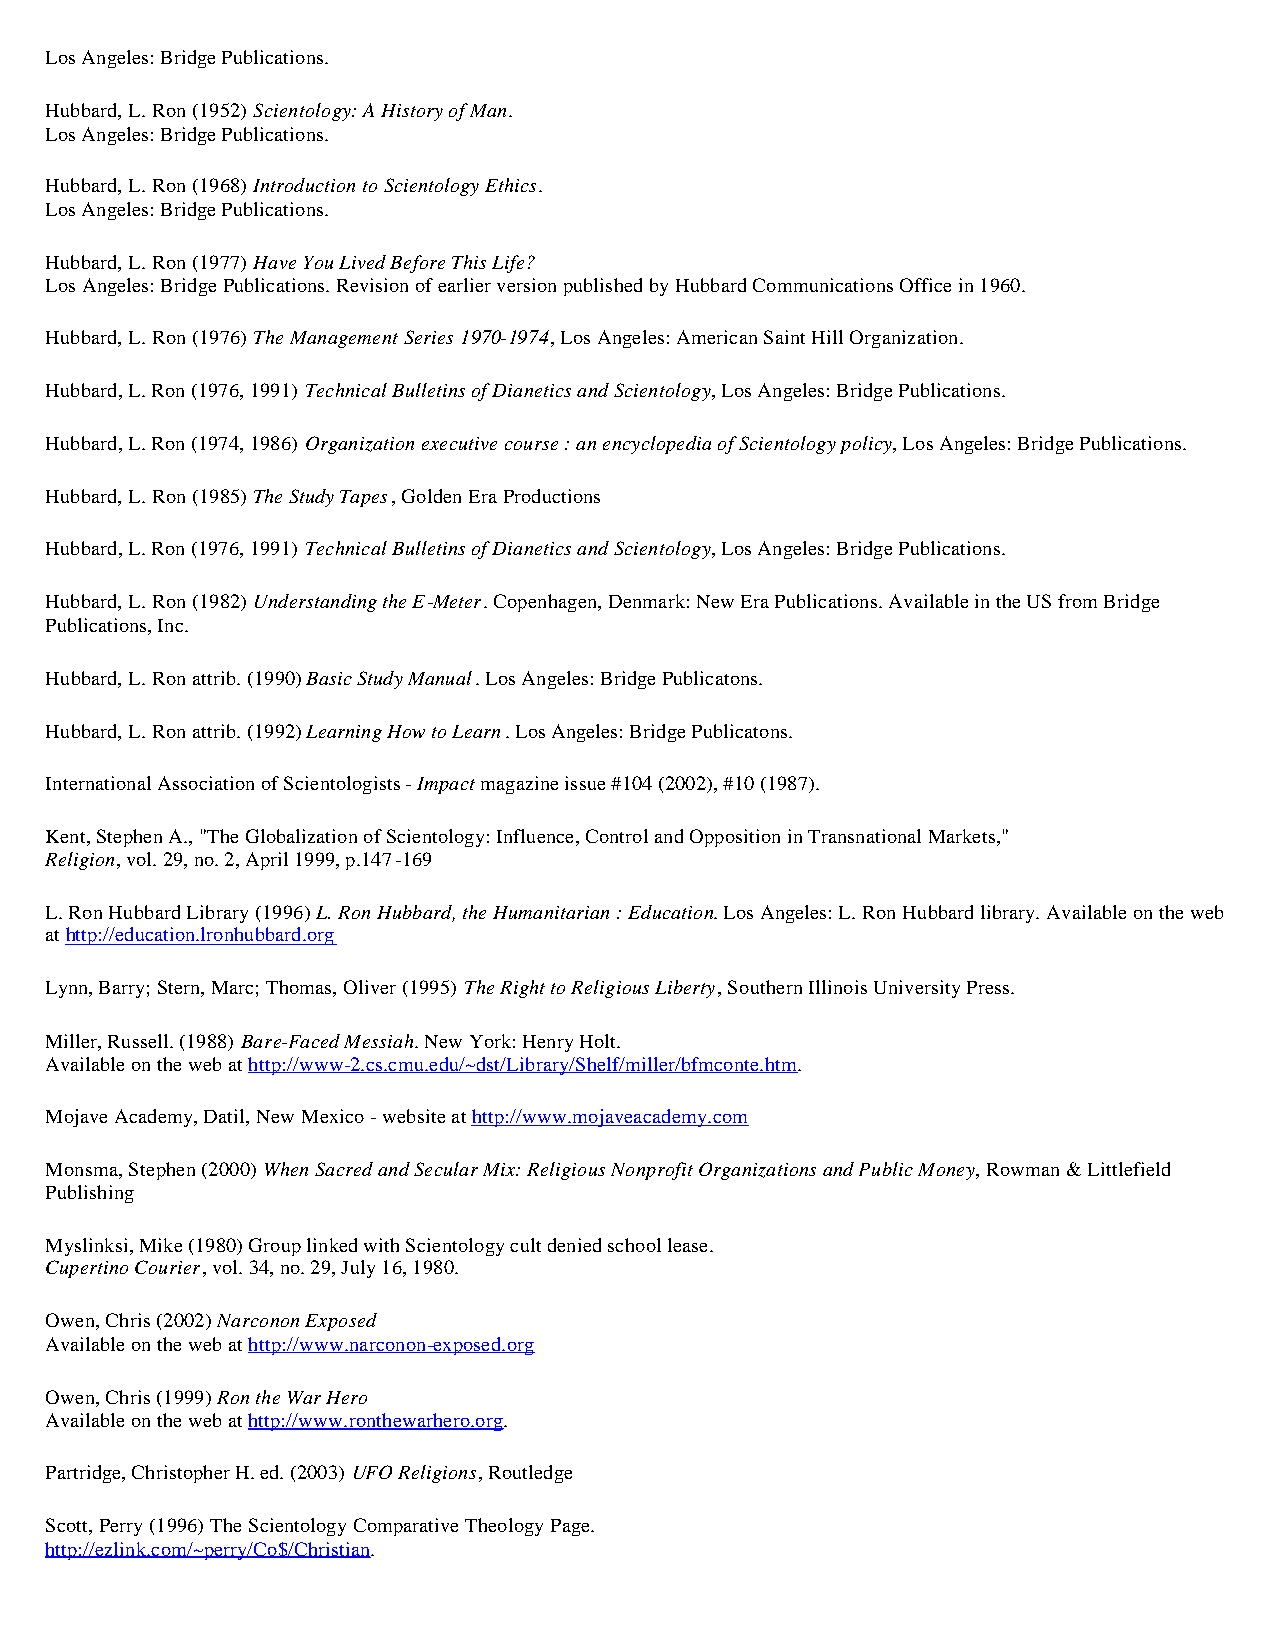
Los Angeles: Bridge Publications.
 Hubbard, L. Ron (1952) Scientology: A History of Man.
 Los Angeles: Bridge Publications.
 Hubbard, L. Ron (1968) Introduction to Scientology Ethics.
 Los Angeles: Bridge Publications.
 Hubbard, L. Ron (1977) Have You Lived Before This Life?
 Los Angeles: Bridge Publications. Revision of earlier version published by Hubbard Communications Office in 1960.
 Hubbard, L. Ron (1976) The Management Series 1970-1974, Los Angeles: American Saint Hill Organization.
 Hubbard, L. Ron (1976, 1991) Technical Bulletins of Dianetics and Scientology, Los Angeles: Bridge Publications.
 Hubbard, L. Ron (1974, 1986) Organization executive course : an encyclopedia of Scientology policy, Los Angeles: Bridge Publications.
 Hubbard, L. Ron (1985) The Study Tapes, Golden Era Productions
 Hubbard, L. Ron (1976, 1991) Technical Bulletins of Dianetics and Scientology, Los Angeles: Bridge Publications.
 Hubbard, L. Ron (1982) Understanding the E-Meter. Copenhagen, Denmark: New Era Publications. Available in the US from Bridge
 Publications, Inc.
 Hubbard, L. Ron attrib. (1990) Basic Study Manual. Los Angeles: Bridge Publicatons.
 Hubbard, L. Ron attrib. (1992) Learning How to Learn. Los Angeles: Bridge Publicatons.
 International Association of Scientologists - Impact magazine issue #104 (2002), #10 (1987).
 Kent, Stephen A., "The Globalization of Scientology: Influence, Control and Opposition in Transnational Markets,"
 Religion, vol. 29, no. 2, April 1999, p.147-169
 L. Ron Hubbard Library (1996) L. Ron Hubbard, the Humanitarian : Education. Los Angeles: L. Ron Hubbard library. Available on the web
 at http://education.lronhubbard.org
 Lynn, Barry; Stern, Marc; Thomas, Oliver (1995) The Right to Religious Liberty, Southern Illinois University Press.
 Miller, Russell. (1988) Bare-Faced Messiah. New York: Henry Holt.
 Available on the web at http://www-2.cs.cmu.edu/~dst/Library/Shelf/miller/bfmconte.htm.
 Mojave Academy, Datil, New Mexico - website at http://www.mojaveacademy.com
 Monsma, Stephen (2000) When Sacred and Secular Mix: Religious Nonprofit Organizations and Public Money, Rowman & Littlefield
 Publishing
 Myslinksi, Mike (1980) Group linked with Scientology cult denied school lease.
 Cupertino Courier, vol. 34, no. 29, July 16, 1980.
 Owen, Chris (2002) Narconon Exposed
 Available on the web at http://www.narconon-exposed.org
 Owen, Chris (1999) Ron the War Hero
 Available on the web at http://www.ronthewarhero.org.
 Partridge, Christopher H. ed. (2003) UFO Religions, Routledge
 Scott, Perry (1996) The Scientology Comparative Theology Page.
 http://ezlink.com/~perry/Co$/Christian.